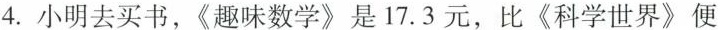
4.小明去买书，《趣味数学》是17.3元，比《科学世界》便